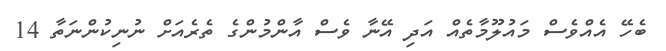
ބެހޭ އެއްވެސް މައުލޫމާތެއް އަދި އޭނާ ވެސް އާންމުންގެ ތެރެއަށް ނުނިކުންނަތާ 14